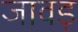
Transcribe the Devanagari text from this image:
जावड़